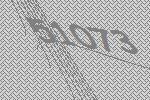
51073